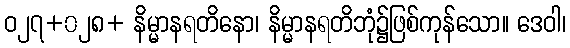
ဝ၂၇+၀၂၈+ နိမ္မာနရတိနော၊ နိမ္မာနရတိဘုံ၌ဖြစ်ကုန်သော။ ဒေဝါ၊